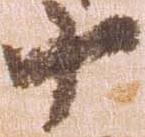
十